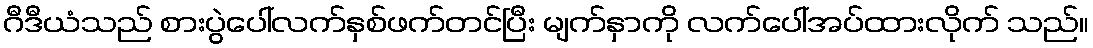
ဂီဒီယံသည် စားပွဲပေါ်လက်နှစ်ဖက်တင်ပြီး မျက်နှာကို လက်ပေါ်အပ်ထားလိုက် သည်။